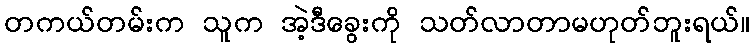
တကယ်တမ်းက သူက အဲ့ဒီခွေးကို သတ်လာတာမဟုတ်ဘူးရယ်။